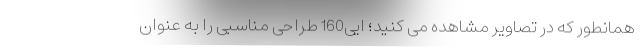
همانطور که در تصاویر مشاهده می کنید؛ ایی160 طراحی مناسبی را به عنوان